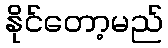
နိုင်တော့မည်